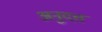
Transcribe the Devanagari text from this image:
अनुदत्त